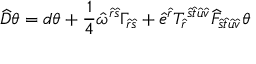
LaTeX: \widehat { D } \theta = d \theta + \frac { 1 } { 4 } \hat { \omega } ^ { \hat { r } \hat { s } } \Gamma _ { \hat { r } \hat { s } } + \hat { e } ^ { \hat { r } } T _ { \hat { r } } { } ^ { \hat { s } \hat { t } \hat { u } \hat { v } } \widehat { F } _ { \hat { s } \hat { t } \hat { u } \hat { v } } \theta